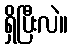
ရှိပြီးလဲ။